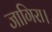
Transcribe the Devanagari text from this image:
जागिरा।